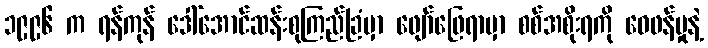
၁၉၉၆ က ရန်ကုန် ဒေါ်အောင်ဆန်းစုကြည်ခြံမှာ ဖျော်ဖြေရာမှာ စစ်အစိုးရကို ဝေဖန်မှုနဲ့